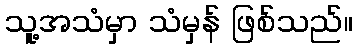
သူ့အသံမှာ သံမှန် ဖြစ်သည်။